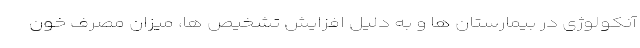
آنکولوژی در بیمارستان ها و به دلیل افزایش تشخیص ها، میزان مصرف خون